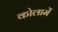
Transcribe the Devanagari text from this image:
कोलामें